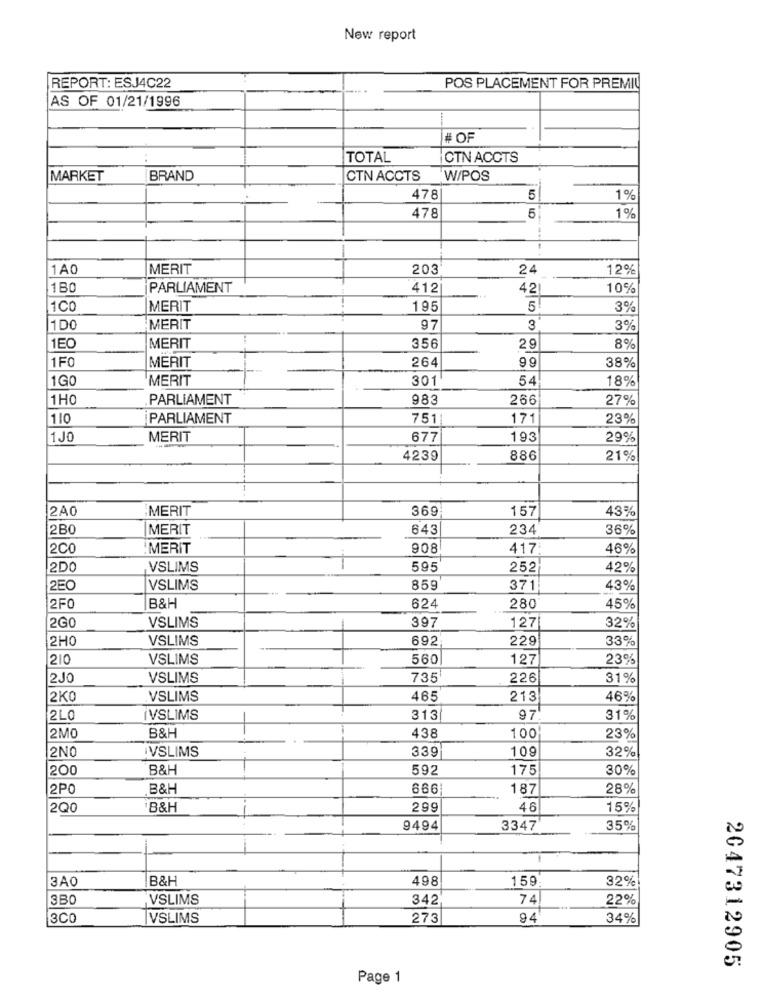
New report
REPORT: ESJ4C22
POS PLACEMENT FOR PREMIL
AS OF 01/21/1996
# OF
..
TOTAL
CTN ACCTS
MARKET
BRAND
CTN ACCTS
W/POS
478
5
1%
5
478
1%
1AQ
MERIT
203
24
12%
1B0
PARLIAMENT
412
42
10%
1CO
MERIT
195
5
3%
100
MERIT
97
3
3%
8%
1EO
MERIT
356
29
1F0
264
MERIT
9 9
38%
1G
MERIT
301
54
18%
1HO
PARLIAMENT
983
266
27%
110
PARLIAMENT
7511
171
23%
1JO
MERIT
677
193
29%
--
4239
886
21%
2A0
MERIT
369
157
43%
2B0
MERIT
643
234
36%
2C0
MERIT
908
417
46%
2DC
VSLIMS
595
252
42%
2EC
VSLIMS
859
371
43%
2FO
B&H
624
280
45%
VSLIMS
397
2G0
127
32%
2H0
VSLIMS
692
229
33%
1210
VSLIMS
560
127
23%
2JO
VSLIMS
735
226
31%
2KC
VSLIMS
465
213
46%
2L0
IVSLIMS
313
97
31%
2MO
B&H
438
100
23%
2NO
VSLIMS
339
109
32%
200
B&H
592
175
30%
2PO
B&H
666
187
28%
2Q0
B&H
299
46
15%
9494
3347
35%
3AO
B&H
498
159
32%
3B0
VSLIMS
342
74
22%
3CO
VSLIMS
273
94
34%
2047312905
Page 1